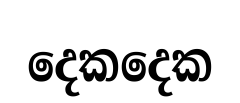
දෙකදෙක